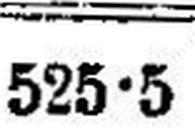
525•5